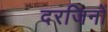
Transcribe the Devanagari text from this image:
दरजिनों